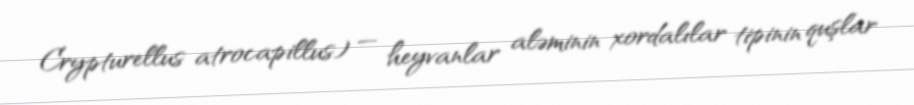
Crypturellus atrocapillus) — heyvanlar aləminin xordalılar tipinin quşlar